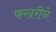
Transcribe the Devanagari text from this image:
फखरीने